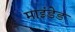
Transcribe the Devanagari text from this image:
माइंडेड